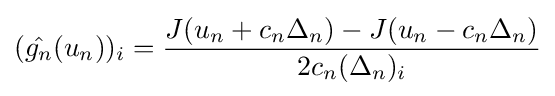
({\hat {g_{n}}}(u_{n}))_{i}={\frac {J(u_{n}+c_{n}\Delta _{n})-J(u_{n}-c_{n}\Delta _{n})}{2c_{n}(\Delta _{n})_{i}}}